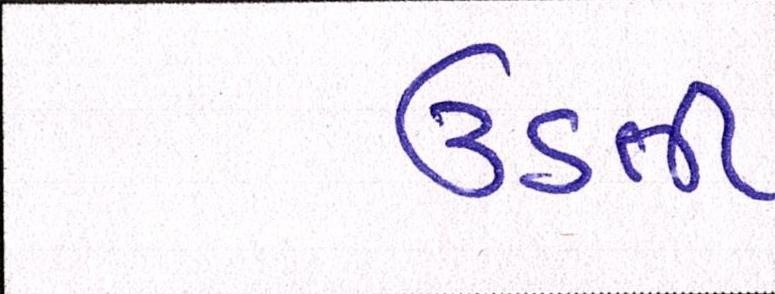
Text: ઉડતી